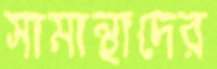
সামান্থাদের